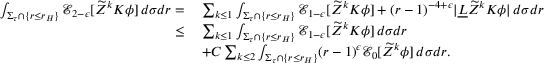
\begin{array} { r l } { \int _ { \Sigma _ { \tau } \cap \{ r \leq r _ { H } \} } \mathcal { E } _ { 2 - \epsilon } [ \widetilde { Z } ^ { k } K \phi ] \, d \sigma d r = } & { \: \sum _ { k \leq 1 } \int _ { \Sigma _ { \tau } \cap \{ r \leq r _ { H } \} } \mathcal { E } _ { 1 - \epsilon } [ \widetilde { Z } ^ { k } K \phi ] + ( r - 1 ) ^ { - 4 + \epsilon } | \underline { { L } } \widetilde { Z } ^ { k } K \phi | \, d \sigma d r } \\ { \leq } & { \: \sum _ { k \leq 1 } \int _ { \Sigma _ { \tau } \cap \{ r \leq r _ { H } \} } \mathcal { E } _ { 1 - \epsilon } [ \widetilde { Z } ^ { k } K \phi ] \, d \sigma d r } \\ & { \: + C \sum _ { k \leq 2 } \int _ { \Sigma _ { \tau } \cap \{ r \leq r _ { H } \} } ( r - 1 ) ^ { \epsilon } \mathcal { E } _ { 0 } [ \widetilde { Z } ^ { k } \phi ] \, d \sigma d r . } \end{array}